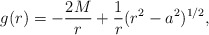
\begin{align*}g(r)=- {2M\over r} + {1 \over r} (r^{2} - a^{2})^{1/2},\end{align*}